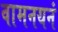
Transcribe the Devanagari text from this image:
वामनयनं